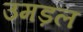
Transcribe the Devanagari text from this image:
उमड़ल